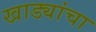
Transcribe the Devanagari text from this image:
खाड्यांचा